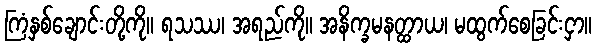
ကြံနှစ်ချောင်းတို့ကို။ ရသဿ၊ အရည်ကို။ အနိက္ခမနတ္ထာယ၊ မထွက်စေခြင်းငှာ။